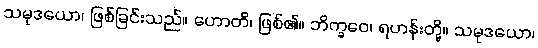
သမုဒယော၊ ဖြစ်ခြင်းသည်။ ဟောတိ၊ ဖြစ်၏။ ဘိက္ခဝေ၊ ရဟန်းတို့။ သမုဒယော၊